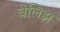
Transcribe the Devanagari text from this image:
वेलिझ